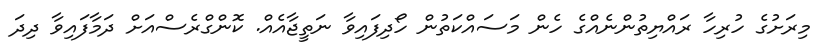
މިރަށުގެ ހުރިހާ ރައްޔިތުންނެއްގެ ހެން މަސައްކަތުން ހޯދިފައިވާ ނަތީޖާއެއް. ކޮންގްރެސްއަށް ދަމާފައިވާ ދިދަ